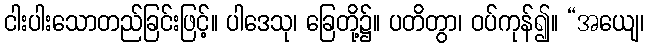
ငါးပါးသောတည်ခြင်းဖြင့်။ ပါဒေသု၊ ခြေတို့၌။ ပတိတွာ၊ ဝပ်ကုန်၍။ “အယျေ၊